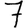
Digit: 7